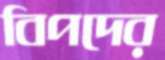
বিপদের